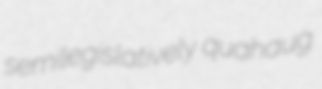
semilegislatively quahaug